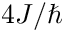
4 J / \hbar